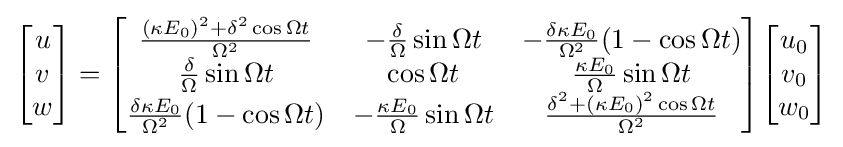
{\begin{bmatrix}u\\v\\w\end{bmatrix}}={\begin{bmatrix}{\frac {(\kappa E_{0})^{2}+\delta ^{2}\cos \Omega t}{\Omega ^{2}}}&-{\frac {\delta }{\Omega }}\sin {\Omega t}&-{\frac {\delta \kappa E_{0}}{\Omega ^{2}}}(1-\cos \Omega t)\\{\frac {\delta }{\Omega }}\sin \Omega t&\cos \Omega t&{\frac {\kappa E_{0}}{\Omega }}\sin \Omega t\\{\frac {\delta \kappa E_{0}}{\Omega ^{2}}}(1-\cos \Omega t)&-{\frac {\kappa E_{0}}{\Omega }}\sin {\Omega t}&{\frac {\delta ^{2}+(\kappa E_{0})^{2}\cos \Omega t}{\Omega ^{2}}}\end{bmatrix}}{\begin{bmatrix}u_{0}\\v_{0}\\w_{0}\end{bmatrix}}